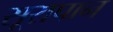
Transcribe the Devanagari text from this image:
सूरापान